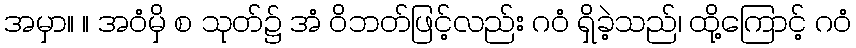
အမှာ။ ။ အဝံမှိ စ သုတ်၌ အံ ဝိဘတ်ဖြင့်လည်း ဂဝံ ရှိခဲ့သည်၊ ထို့ကြောင့် ဂဝံ